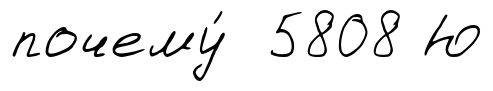
почему́ 5808 Ю